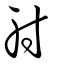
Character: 射